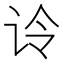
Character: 𰵚